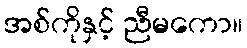
အစ်ကိုနှင့် ညီမကော။